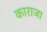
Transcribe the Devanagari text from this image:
काराजा